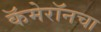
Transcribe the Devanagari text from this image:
कॅमेरॉनचा